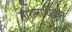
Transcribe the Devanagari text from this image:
साशनाधिकार